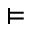
\vDash